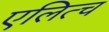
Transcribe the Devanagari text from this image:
एलित्च